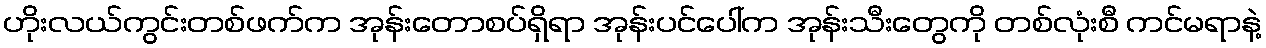
ဟိုးလယ်ကွင်းတစ်ဖက်က အုန်းတောစပ်ရှိရာ အုန်းပင်ပေါ်က အုန်းသီးတွေကို တစ်လုံးစီ ကင်မရာနဲ့